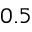
0 . 5